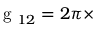
\mathrm { ~ g ~ } _ { 1 2 } = 2 \pi \times